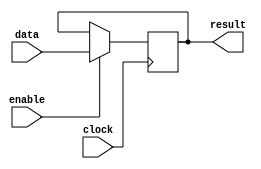
module transparent_latch (
    input wire data,
    input wire enable,
    input wire clock,
    output reg result
);

always @(posedge clock) begin
    if (enable) begin
        result <= data;
    end
end

endmodule